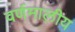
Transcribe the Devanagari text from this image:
वर्णमालीय